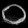
Digit: ၀